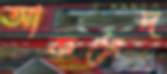
আকসেদ